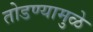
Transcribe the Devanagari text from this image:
तोडण्यामुळे